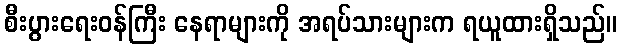
စီးပွားရေးဝန်ကြီး နေရာများကို အရပ်သားများက ရယူထားရှိသည်။